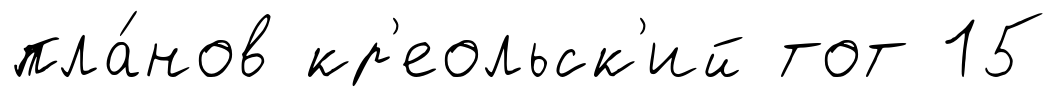
пла́нов кр'еольск'ий тот 15